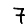
Digit: 7